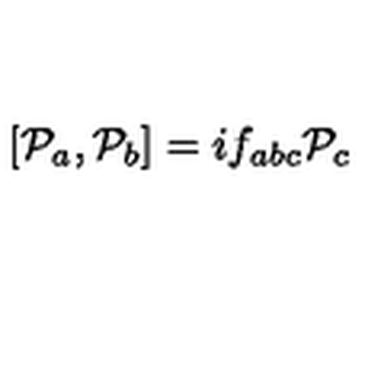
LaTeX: [ { \cal P } _ { a } , { \cal P } _ { b } ] = i f _ { a b c } { \cal P } _ { c }